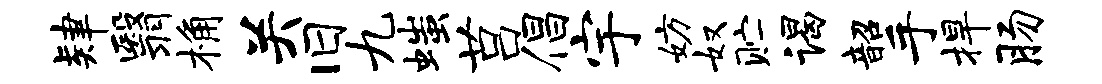
肄翳桷关旧九嗤莒倡宇妨奴贮谒韶手捍肠